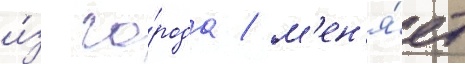
и́з го́рода / м'ен'я́ет